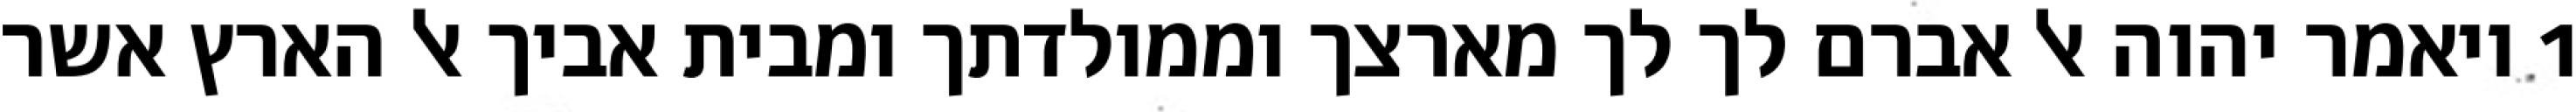
1 ויאמר יהוה אל אברם לך לך מארצך וממולדתך ומבית אביך אל הארץ אשר